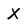
Character: x